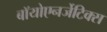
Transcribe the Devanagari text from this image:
बॉयोएनर्जेटिक्स